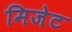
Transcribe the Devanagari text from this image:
मिजेट